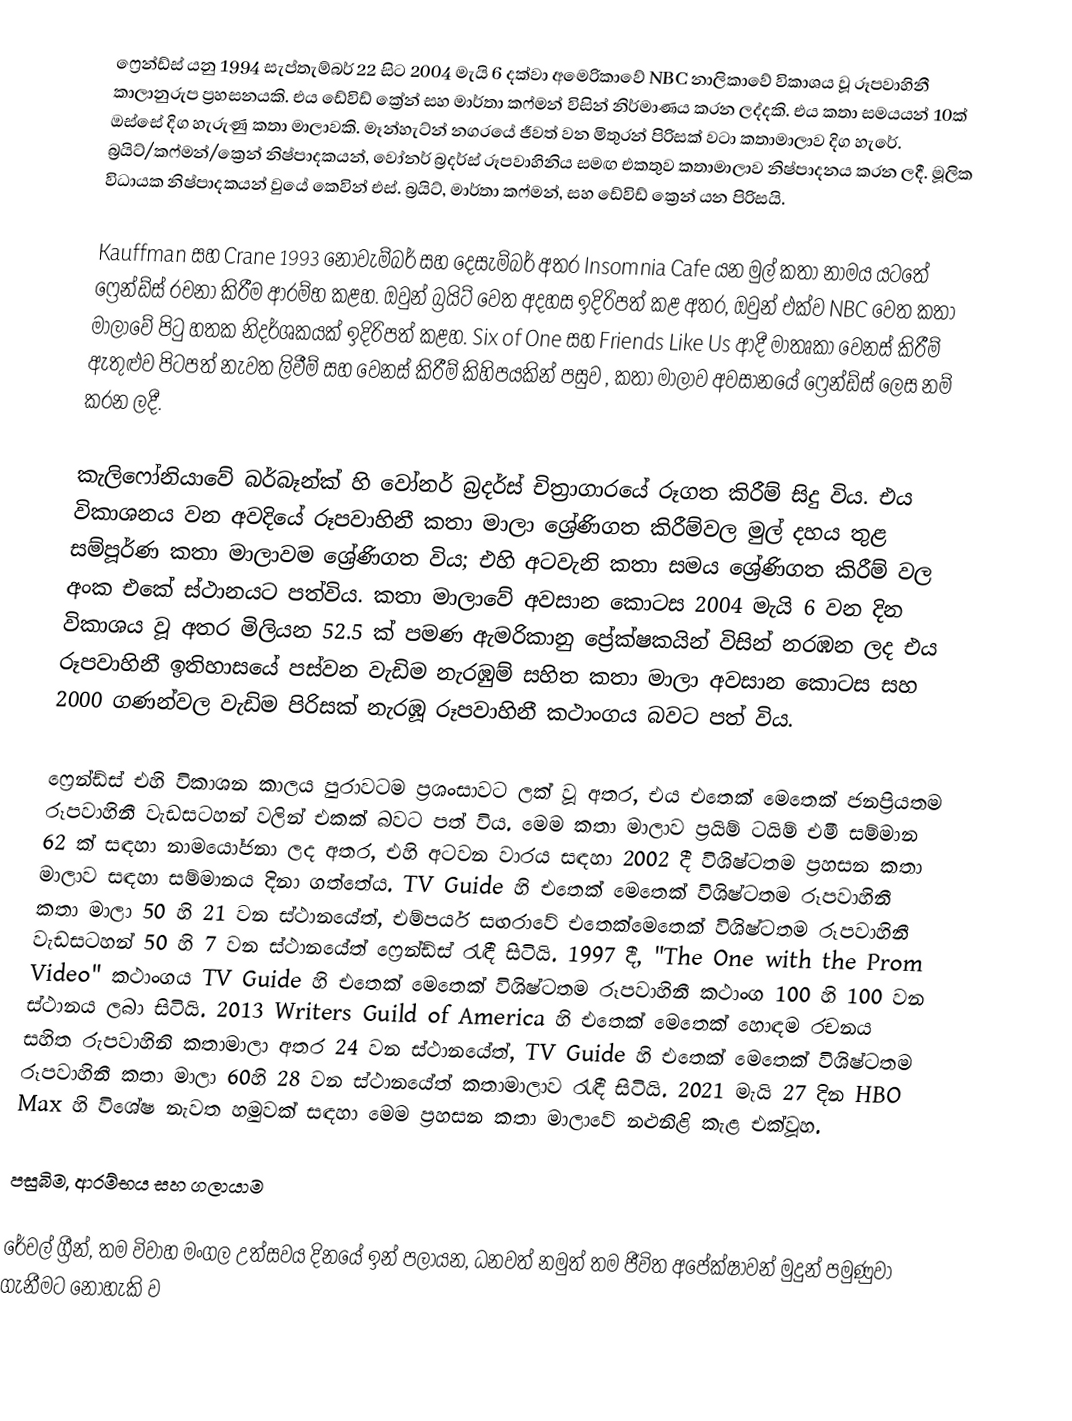
ෆ්‍රෙන්ඩ්ස් යනු 1994 සැප්තැම්බර් 22 සිට 2004 මැයි 6 දක්වා අමෙරිකාවේ NBC නාලිකාවේ විකාශය වූ රූපවාහිනී කාලානුරුප ප්‍රහසනයකි. එය ඩේවිඩ් ක්‍රේන් සහ මාර්තා කෆ්මන් විසින් නිර්මාණය කරන ලද්දකි. එය කතා සමයයන් 10ක් ඔස්සේ දිග හැරුණු කතා මාලාවකි. මෑන්හැට්න් නගරයේ ජීවත් වන මිතුරන් පිරිසක් වටා කතාමාලාව දිග හැරේ. බ්‍රයිට්/කෆ්මන්/ක්‍රෙන් නිෂ්පාදකයන්, වෝනර් බ්‍රදර්ස් රූපවාහිනිය සමඟ එකතුව කතාමාලාව නිෂ්පාදනය කරන ලදී. මූලික විධායක නිෂ්පාදකයන් වුයේ කෙවින් එස්. බ්‍රයිට්, මාර්තා කෆ්මන්, සහ ඩේවිඩ් ක්‍රෙන් යන පිරිසයි.

Kauffman සහ Crane 1993 නොවැම්බර් සහ දෙසැම්බර් අතර Insomnia Cafe යන මුල් කතා නාමය යටතේ ෆ්‍රෙන්ඩ්ස් රචනා කිරීම ආරම්භ කළහ. ඔවුන් බ්‍රයිට් වෙත අදහස ඉදිරිපත් කළ අතර, ඔවුන් එක්ව NBC වෙත කතා මාලාවේ පිටු හතක නිදර්ශකයක් ඉදිරිපත් කළහ. Six of One සහ Friends Like Us ආදී මාතෘකා වෙනස් කිරීම් ඇතුළුව පිටපත් නැවත ලිවීම් සහ වෙනස් කිරීම් කිහිපයකින් පසුව , කතා මාලාව අවසානයේ ෆ්‍රෙන්ඩ්ස් ලෙස නම් කරන ලදී.

කැලිෆෝනියාවේ බර්බෑන්ක් හි වෝනර් බ්‍රදර්ස් චිත්‍රාගාරයේ රූගත කිරීම් සිදු විය. එය විකාශනය වන අවදියේ රූපවාහිනී කතා මාලා ශ්‍රේණිගත කිරීම්වල මුල් දහය තුළ සම්පූර්ණ කතා මාලාවම ශ්‍රේණිගත විය; එහි අටවැනි කතා සමය ශ්‍රේණිගත කිරීම් වල අංක එකේ ස්ථානයට පත්විය. කතා මාලාවේ අවසාන කොටස 2004 මැයි 6 වන දින විකාශය වූ අතර මිලියන 52.5 ක් පමණ ඇමරිකානු ප්‍රේක්ෂකයින් විසින් නරඹන ලද එය රූපවාහිනී ඉතිහාසයේ පස්වන වැඩිම නැරඹුම් සහිත කතා මාලා අවසාන කොටස සහ 2000 ගණන්වල වැඩිම පිරිසක් නැරඹූ රූපවාහිනී කථාංගය බවට පත් විය.

ෆ්‍රෙන්ඩ්ස් එහි විකාශන කාලය පුරාවටම ප්‍රශංසාවට ලක් වූ අතර, එය එතෙක් මෙතෙක් ජනප්‍රියතම රූපවාහිනී වැඩසටහන් වලින් එකක් බවට පත් විය. මෙම කතා මාලාව ප්‍රයිම් ටයිම් එමී සම්මාන 62 ක් සඳහා නාමයෝජනා ලද අතර, එහි අටවන වාරය සඳහා 2002 දී විශිෂ්ටතම ප්‍රහසන කතා මාලාව සඳහා සම්මානය දිනා ගත්තේය. TV Guide හි එතෙක් මෙතෙක් විශිෂ්ටතම රූපවාහිනී කතා මාලා 50 හි 21 වන ස්ථානයේත්, එම්පයර් සඟරාවේ එතෙක්මෙතෙක් විශිෂ්ටතම රූපවාහිනී වැඩසටහන් 50 හි 7 වන ස්ථානයේත් ෆ්‍රෙන්ඩ්ස් රැඳී සිටියි. 1997 දී, "The One with the Prom Video" කථාංගය TV Guide හි එතෙක් මෙතෙක් විශිෂ්ටතම රූපවාහිනී කථාංග 100 හි 100 වන ස්ථානය ලබා සිටියි. 2013 Writers Guild of America හි එතෙක් මෙතෙක් හොඳම රචනය සහිත රුපවාහිනි කතාමාලා අතර 24 වන ස්ථානයේත්, TV Guide හි එතෙක් මෙතෙක් විශිෂ්ටතම රූපවාහිනී කතා මාලා 60හි 28 වන ස්ථානයේත් කතාමාලාව රැඳී සිටියි. 2021 මැයි 27 දින HBO Max හි විශේෂ නැවත හමුවක් සඳහා මෙම ප්‍රහසන කතා මාලාවේ නළුනිළි කැළ එක්වූහ.

පසුබිම, ආරම්භය සහ ගලායාම

රේචල් ග්‍රීන්, තම විවාහ මංගල උත්සවය දිනයේ ඉන් පලායන, ධනවත් නමුත් තම ජීවිත අපේක්ෂාවන් මුදුන් පමුණුවා ගැනීමට නොහැකි ව